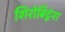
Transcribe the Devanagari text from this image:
शिरोबिंदूंना